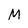
Character: M